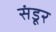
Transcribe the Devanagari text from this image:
संडूर